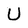
Character: U